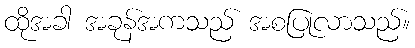
ထိုအခါ အခုန်အကသည် အစပြုလာသည်။